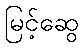
မြင့်ဆွေ